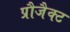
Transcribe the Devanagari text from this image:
प्रौजैक्ट